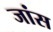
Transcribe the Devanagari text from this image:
जांस